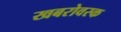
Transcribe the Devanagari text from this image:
खबरोवस्क